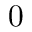
0